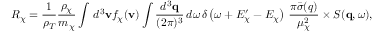
R _ { \chi } = \frac { 1 } { \rho _ { T } } \frac { \rho _ { \chi } } { m _ { \chi } } \int \, d ^ { 3 } \mathbf { v } f _ { \chi } ( \mathbf { v } ) \int \frac { d ^ { 3 } \mathbf { q } } { ( 2 \pi ) ^ { 3 } } \, d \omega \, \delta \left( \omega + E _ { \chi } ^ { \prime } - E _ { \chi } \right) \, \frac { \pi \bar { \sigma } ( q ) } { \mu _ { \chi } ^ { 2 } } \times S ( \mathbf { q } , \omega ) ,